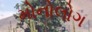
મોનોલોગ